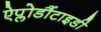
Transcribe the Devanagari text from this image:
ऐप्लोडौंटाइडी